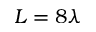
L = 8 \lambda